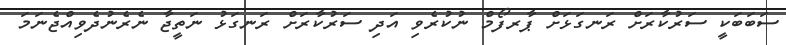
ސަބަބަކީ ސަރުކާރަށް ރަނގަޅަށް ޕާރފޯމް ނުކުރެވި އަދި ސަރުކާރަށް ރަނގަޅު ނަތީޖާ ނެރެނުދެވިއްޖެނަމަ